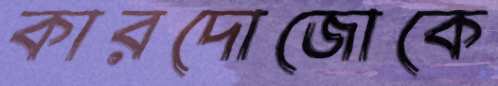
কারদোজোকে